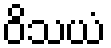
ဝိသယံ